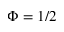
\Phi = 1 / 2